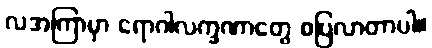
လအကြာမှာ ရောဂါလက္ခဏာတွေ စပြလာတာပါ။